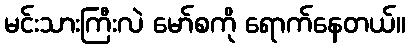
မင်းသားကြီးလဲ မော်စကို ရောက်နေတယ်။